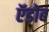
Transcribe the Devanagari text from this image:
ऍडोब